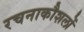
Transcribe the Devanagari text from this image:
रचनाकौशलों